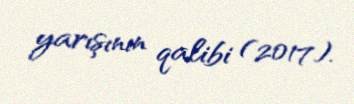
yarışının qalibi (2017).